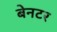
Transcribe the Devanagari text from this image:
बेनटर